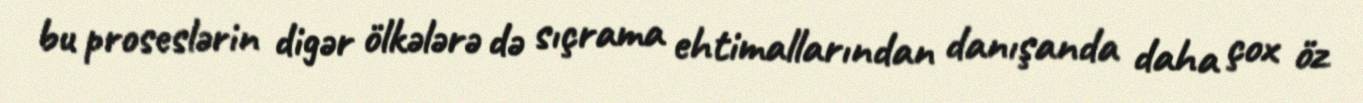
bu proseslərin digər ölkələrə də sıçrama ehtimallarından danışanda daha çox öz